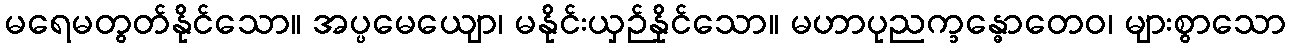
မရေမတွတ်နိုင်သော။ အပ္ပမေယျော၊ မနိုင်းယှဉ်နိုင်သော။ မဟာပုညက္ခန္ဓောတေဝ၊ များစွာသော